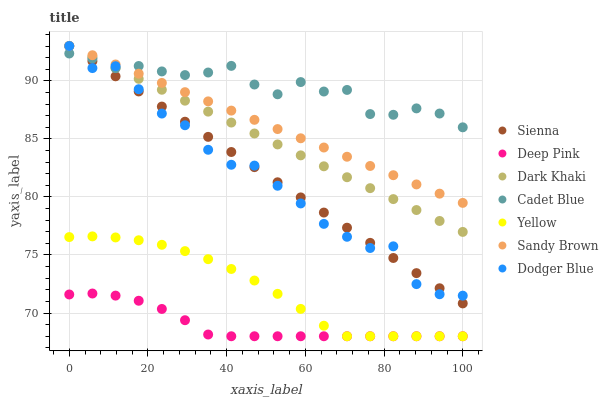
| xaxis_label | Sienna | Deep Pink | Dark Khaki | Cadet Blue | Yellow | Sandy Brown | Dodger Blue |
 | --- | --- | --- | --- | --- | --- | --- | --- |
 | 0 | 93 | 71.6 | 93 | 92.4 | 76.5 | 93 | 93 |
 | 5.88 | 91.7 | 71.7 | 92.1 | 91.9 | 76.6 | 92.2 | 91.1 |
 | 11.8 | 90.4 | 71.5 | 91.1 | 91.1 | 76.5 | 91.4 | 91.3 |
 | 17.6 | 89.1 | 71.1 | 90.2 | 91.3 | 76.3 | 90.6 | 89.3 |
 | 23.5 | 87.8 | 70.4 | 89.2 | 90.8 | 75.9 | 89.8 | 87.2 |
 | 29.4 | 86.5 | 69.4 | 88.3 | 90.5 | 75.3 | 89 | 86.2 |
 | 35.3 | 85.2 | 68.1 | 87.3 | 90.7 | 74.6 | 88.2 | 84.1 |
 | 41.2 | 83.9 | 68 | 86.4 | 91.3 | 73.8 | 87.4 | 82.8 |
 | 47.1 | 82.6 | 68 | 85.5 | 89.7 | 72.8 | 86.6 | 82.7 |
 | 52.9 | 81.3 | 68 | 84.5 | 88.8 | 71.7 | 85.8 | 81 |
 | 58.8 | 80 | 68 | 83.6 | 89.9 | 70.4 | 85.1 | 79.4 |
 | 64.7 | 78.7 | 68 | 82.6 | 89.1 | 68.9 | 84.3 | 77.7 |
 | 70.6 | 77.4 | 68 | 81.7 | 89.2 | 68 | 83.5 | 76.6 |
 | 76.5 | 76 | 68 | 80.8 | 87.1 | 68 | 82.7 | 75.6 |
 | 82.4 | 74.7 | 68 | 79.8 | 87.1 | 68 | 81.9 | 75.7 |
 | 88.2 | 73.4 | 68 | 78.9 | 87.6 | 68 | 81.1 | 72.5 |
 | 94.1 | 72.1 | 68 | 77.9 | 87.2 | 68 | 80.3 | 71.6 |
 | 100 | 70.8 | 68 | 77 | 86 | 68 | 79.5 | 71.5 |